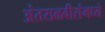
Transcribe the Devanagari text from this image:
अंतराळवीरांमध्ये